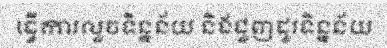
ធ្វើការលួចទិន្នន័យ និងជួញដូរទិន្នន័យ